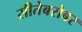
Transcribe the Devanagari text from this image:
सीतेबरोबर